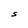
Character: S